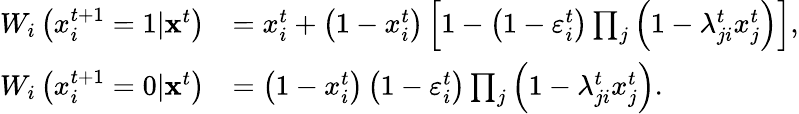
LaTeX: \begin{array}{rl}{W_{i}\left(x_{i}^{t+1}=1|{\mathbf x}^{t}\right)}&{=x_{i}^{t}+\left(1-x_{i}^{t}\right)\left[1-\left(1-\varepsilon_{i}^{t}\right)\prod_{j}\left(1-\lambda_{ji}^{t}x_{j}^{t}\right)\right],}\\ {W_{i}\left(x_{i}^{t+1}=0|{\mathbf x}^{t}\right)}&{=\left(1-x_{i}^{t}\right)\left(1-\varepsilon_{i}^{t}\right)\prod_{j}\left(1-\lambda_{ji}^{t}x_{j}^{t}\right).}\end{array}